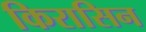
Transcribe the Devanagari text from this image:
किरासिन